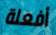
أفعلة